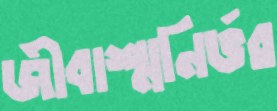
জীবাশ্মনির্ভর